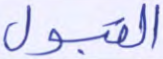
القبول